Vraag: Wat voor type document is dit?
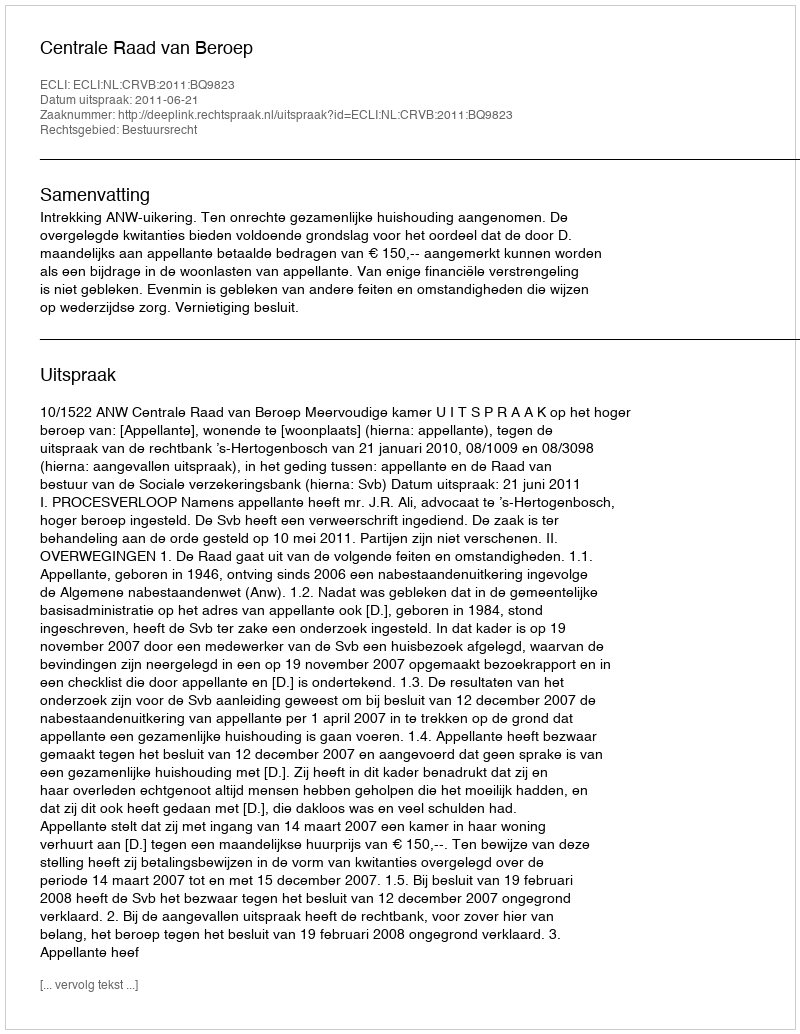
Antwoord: Uitspraak